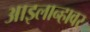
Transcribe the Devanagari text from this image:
आइलान्हावर